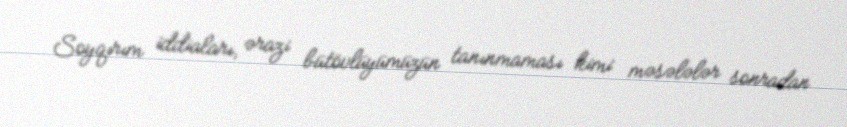
Soyqırım iddiaları, ərazi bütövlüyümüzün tanınmaması kimi məsələlər sonradan